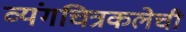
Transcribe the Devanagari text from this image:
व्यंगचित्रकलेची